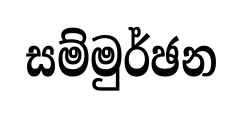
සම්මුර්ඡන